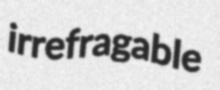
irrefragable